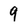
Character: 9